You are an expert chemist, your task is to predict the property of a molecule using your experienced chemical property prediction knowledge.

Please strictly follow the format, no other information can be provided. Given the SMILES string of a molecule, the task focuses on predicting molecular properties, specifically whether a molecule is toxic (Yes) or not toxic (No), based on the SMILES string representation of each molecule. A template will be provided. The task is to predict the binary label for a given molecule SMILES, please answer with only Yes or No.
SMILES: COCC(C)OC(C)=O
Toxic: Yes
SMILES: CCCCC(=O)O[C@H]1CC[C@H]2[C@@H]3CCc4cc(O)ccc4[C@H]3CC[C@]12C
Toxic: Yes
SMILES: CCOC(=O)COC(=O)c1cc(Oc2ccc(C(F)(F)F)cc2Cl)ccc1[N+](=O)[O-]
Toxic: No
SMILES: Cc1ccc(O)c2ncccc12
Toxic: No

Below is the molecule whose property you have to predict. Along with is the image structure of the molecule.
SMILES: CC(C)(Oc1ccc(Cl)cc1)C(=O)OCCCOC(=O)C(C)(C)Oc1ccc(Cl)cc1
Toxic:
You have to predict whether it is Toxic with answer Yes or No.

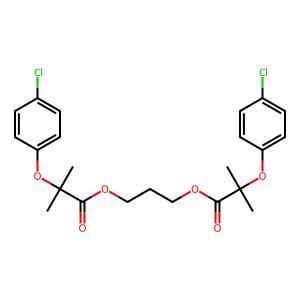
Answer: No